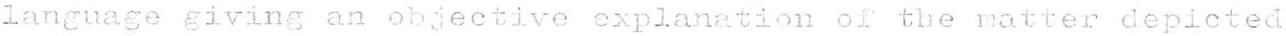
languages giving an objective explanation of the matter depicted